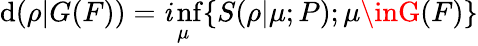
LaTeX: \mathrm{d}(\rho|G(F))=\operatorname*{\mathit{i}nf}_{\mu}\{ S(\rho|\mu;P);\mu\inG(F)\}